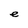
Character: e